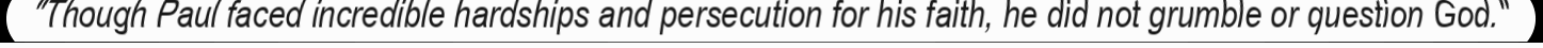
"Though Paul faced incredible hardships and persecution for his faith, he did not grumble or question God."